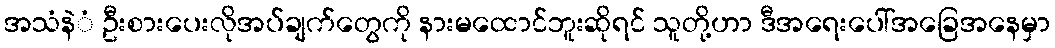
အသံနဲံ ဦးစားပေးလိုအပ်ချက်တွေကို နားမထောင်ဘူးဆိုရင် သူတို့ဟာ ဒီအရေးပေါ်အခြေအနေမှာ